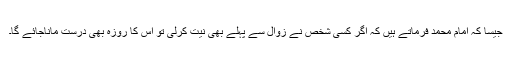
جیسا کہ امام محمدؒ فرماتے ہیں کہ اگر کسی شخص نے زوال سے پہلے بھی نیت کرلی تو اس کا روزہ بھی درست ماناجائے گا۔